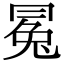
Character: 𠕤